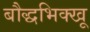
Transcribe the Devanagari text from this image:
बौद्धभिक्खू